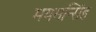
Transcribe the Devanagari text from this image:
मयमन्सिंह